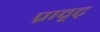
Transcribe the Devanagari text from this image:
प्रावृट्